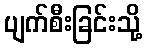
ပျက်စီးခြင်းသို့